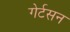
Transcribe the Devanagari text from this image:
गेर्टसन